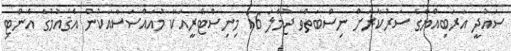
ސައުދީ އަރަބިއްޔާގެ ސަރުކާރަށް ނިސްބަތްވާ ޖުމްލަ 16 މިނިސްޓްރީއަކާ މުއައްސަސާއަކުން އެޤައުމުގެ އެންޓި